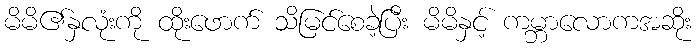
မိမိ၏နှလုံးကို ထိုးဖောက် သိမြင်စေခဲ့ပြီး မိမိနှင့် ကမ္ဘာလောကအဆိုး